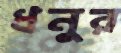
ধনুর